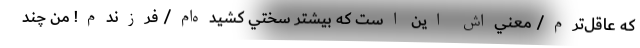
كه عاقل‌ترم/ معني‌اش اين است كه بيشتر سختي كشيده‌ام/ فرزندم! من چند